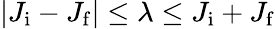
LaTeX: |J_{\mathrm{i}}-J_{\mathrm{f}}|\leq\lambda\leq J_{\mathrm{i}}+J_{\mathrm{f}}